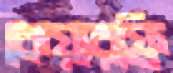
কেয়ারফ্রি